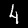
Digit: 4